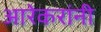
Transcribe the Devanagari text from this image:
आरेकरांनी